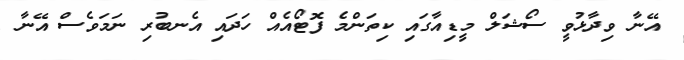
އޭނާ ވިދާޅުވީ ސޯޝަލް މީޑިއާގައި ކިތަންމެ ފޮޓޯއެއް ހަދައި އެނބުރި ނަމަވެސް އޭނާ